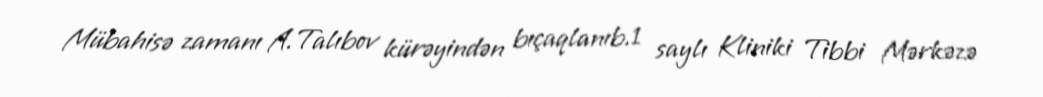
Mübahisə zamanı A.Talıbov kürəyindən bıçaqlanıb.1 saylı Kliniki Tibbi Mərkəzə